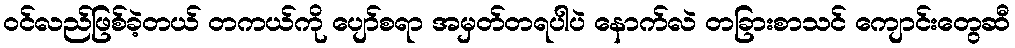
ဝင်လည်ဖြစ်ခဲ့တယ် တကယ်ကို ပျော်စရာ အမှတ်တရပါပဲ နောက်လဲ တခြားစာသင် ကျောင်းတွေဆီ